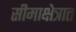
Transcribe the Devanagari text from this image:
सीमाक्षेत्रात